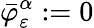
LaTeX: \bar{\varphi}_{\varepsilon}^{\alpha}:=0